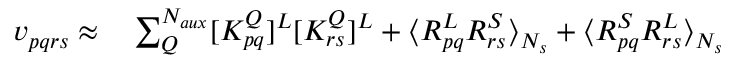
\begin{array} { r l } { v _ { p q r s } \approx } & { { } \sum _ { Q } ^ { N _ { a u x } } [ K _ { p q } ^ { Q } ] ^ { L } [ K _ { r s } ^ { Q } ] ^ { L } + \langle R _ { p q } ^ { L } R _ { r s } ^ { S } \rangle _ { N _ { s } } + \langle R _ { p q } ^ { S } R _ { r s } ^ { L } \rangle _ { N _ { s } } } \end{array}